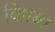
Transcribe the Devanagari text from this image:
विप्रब्ध